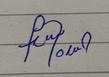
Signature authenticity: forged